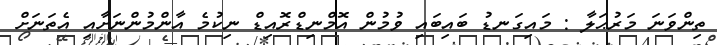
ތިންވަނަ މަރުޙަލާ : މައިގަނޑު ބައިބައި ވުމުން އޮމްނިޑްރޮއިޑް ނިކުމެ އާންމުންނަށާއި އެތަނަށް